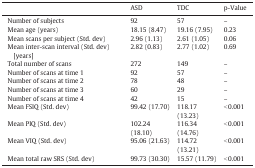
<table><thead><tr><td></td><td><b>ASD</b></td><td><b>TDC</b></td><td><b>p-Value</b></td></tr></thead><tbody><tr><td>Number of subjects</td><td>92</td><td>57</td><td>–</td></tr><tr><td>Mean age (years)</td><td>18.15 (8.47)</td><td>19.16 (7.95)</td><td>0.23</td></tr><tr><td>Mean scans per subject (Std. dev)</td><td>2.96 (1.13)</td><td>2.61 (1.05)</td><td>0.06</td></tr><tr><td>Mean inter-scan interval (Std. dev) [years]</td><td>2.82 (0.83)</td><td>2.77 (1.02)</td><td>0.69</td></tr><tr><td>Total number of scans</td><td>272</td><td>149</td><td>–</td></tr><tr><td>Number of scans at time 1</td><td>92</td><td>57</td><td>–</td></tr><tr><td>Number of scans at time 2</td><td>78</td><td>48</td><td>–</td></tr><tr><td>Number of scans at time 3</td><td>60</td><td>29</td><td>–</td></tr><tr><td>Number of scans at time 4</td><td>42</td><td>15</td><td>–</td></tr><tr><td>Mean FSIQ (Std. dev)</td><td>99.42 (17.70)</td><td>118.17 (13.23)</td><td>&lt; 0.001</td></tr><tr><td>Mean PIQ (Std. dev)</td><td>102.24 (18.10)</td><td>116.34 (14.76)</td><td>&lt; 0.001</td></tr><tr><td>Mean VIQ (Std. dev)</td><td>95.06 (21.63)</td><td>114.72 (13.21)</td><td>&lt; 0.001</td></tr><tr><td>Mean total raw SRS (Std. dev)</td><td>99.73 (30.30)</td><td>15.57 (11.79)</td><td>&lt; 0.001</td></tr></tbody></table>